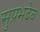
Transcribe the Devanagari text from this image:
सुप्रभदेव